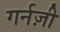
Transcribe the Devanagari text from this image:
गर्नज़ी